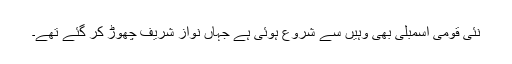
نئی قومی اسمبلی بھی وہیں سے شروع ہوئی ہے جہاں نواز شریف چھوڑ کر گئے تھے۔